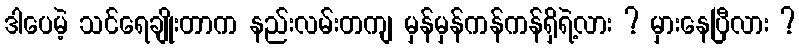
ဒါပေမဲ့ သင်ရေချိုးတာက နည်းလမ်းတကျ မှန်မှန်ကန်ကန်ရှိရဲ့လား ? မှားနေပြီလား ?